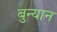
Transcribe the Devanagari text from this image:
बुन्यान